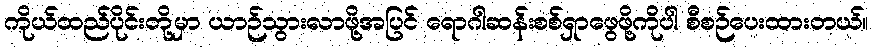
ကိုယ်ထည်ပိုင်းတို့မှာ ယာဉ်သွားလာဖို့အပြင် ရောဂါဆန်းစစ်ရှာဖွေဖို့ကိုပါ စီစဉ်ပေးထားတယ်။